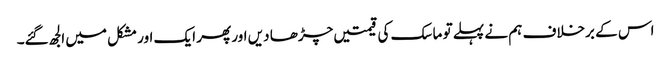
اس کے برخلاف ہم نے پہلے تو ماسک کی قیمتیں چڑھا دیں اور پھر ایک اور مشکل میں الجھ گئے۔